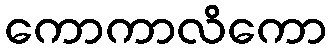
ကောကာလိကော